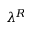
\lambda ^ { R }